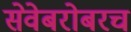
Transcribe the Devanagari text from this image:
सेवेबरोबरच